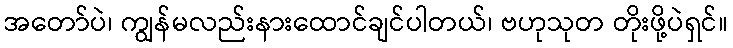
အတော်ပဲ၊ ကျွန်မလည်းနားထောင်ချင်ပါတယ်၊ ဗဟုသုတ တိုးဖို့ပဲရှင်။